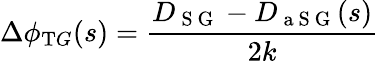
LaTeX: \Delta\phi_{\mathrm{T}G}(s)=\frac{D_{\mathrm{~S~G~}}-D_{\mathrm{~a~S~G~}}(s)}{2k}